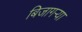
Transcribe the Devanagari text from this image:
बिजागऱ्या